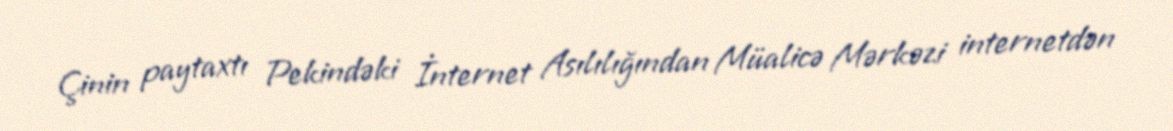
Çinin paytaxtı Pekindəki İnternet Asılılığından Müalicə Mərkəzi internetdən